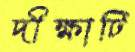
দীক্ষাটি